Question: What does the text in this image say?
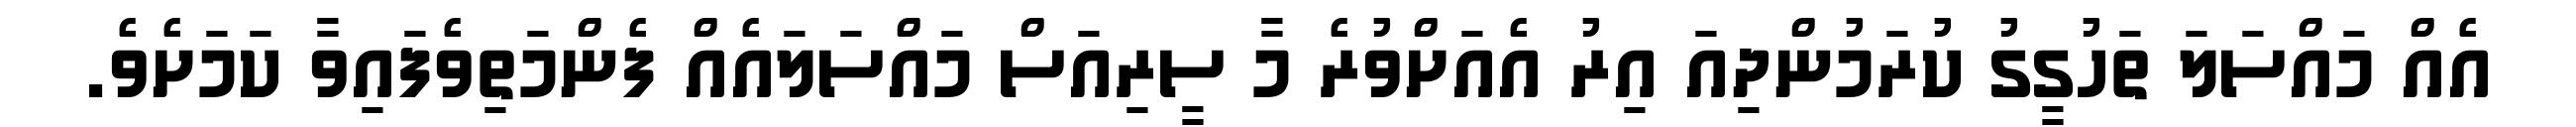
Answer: އެއް މައްސަލަ ތަހުގީގު ކުރަމުންދިއަ އިރު އެއަށްވުރެ މާ ސީރިއަސް މައްސަލައެއް ފެންމަތިވެފައިވާ ކަމަށެވެ.